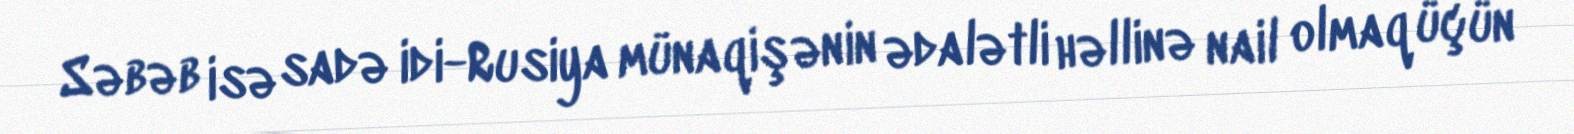
Səbəb isə sadə idi-Rusiya münaqişənin ədalətli həllinə nail olmaq üçün